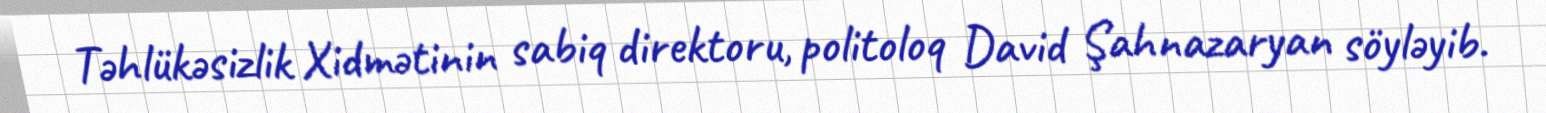
Təhlükəsizlik Xidmətinin sabiq direktoru, politoloq David Şahnazaryan söyləyib.